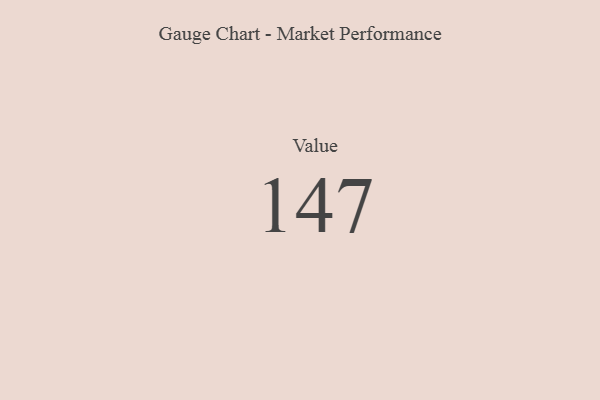
{"axis": {"x": "Metric", "y": "Value"}, "legend": [""], "data": [{"x": "Value", "y": 147, "type": ""}]}